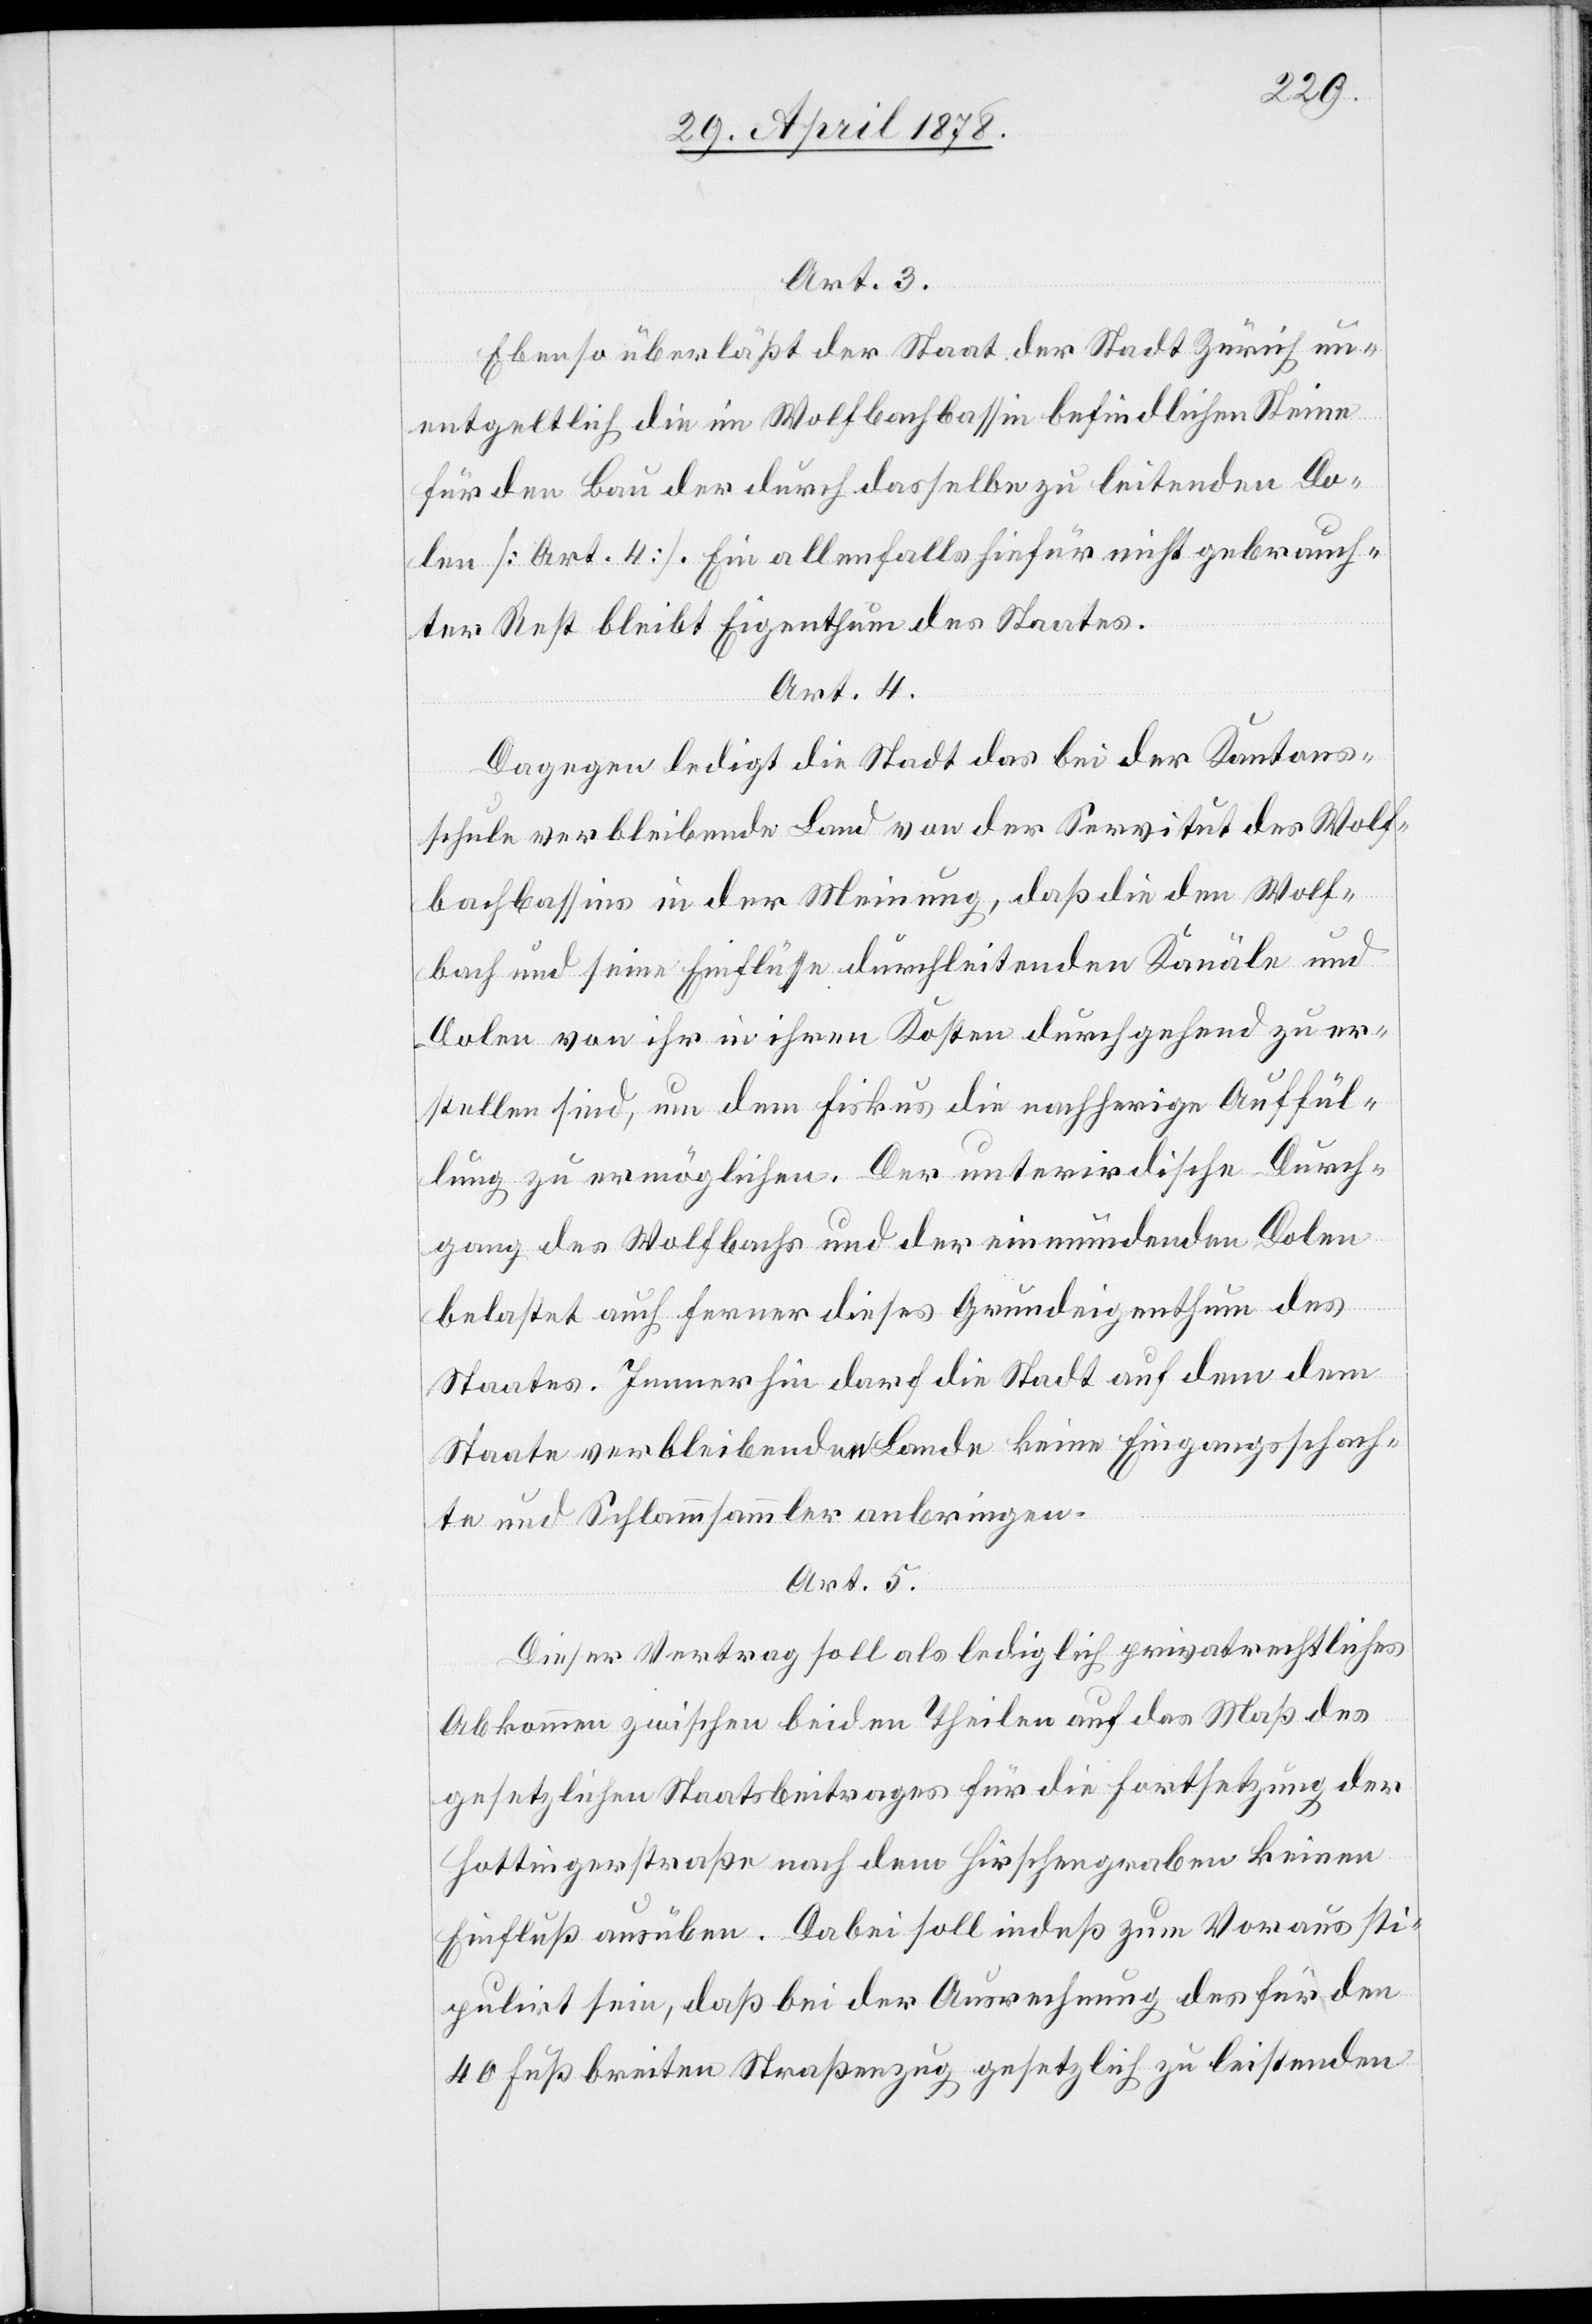
Art. 3.
Ebenso überläßt der Staat der Stadt Zürich un¬
entgeltlich die im Wolfbachbassin befindlichen Steine
für den Bau der durch dasselbe zu leitenden Do¬
len [Art. 4]. Ein allenfalls hiefür nicht gebrauch¬
ter Rest bleibt Eigenthum des Staates.
Art. 4.
Dagegen ledigt die Stadt das bei der Kantons¬
schule verbleibende Land von der Servitut des Wolf¬
bachbassins in der Meinung, daß die in den Wolf¬
bach und seine Einflüsse durchleitenden Kanäle und
Dolen von ihr in ihren Kosten durchgehend zu er¬
stellen sind, um dem Fiskus die nachherige Auffül¬
lung zu ermöglichen. Der unterirdische Durch¬
gang des Wolfbachs und der einmündenden Dolen
belastet auch ferner dieses Grundeigenthum des
Staates. Immerhin darf die Stadt auf dem dem
Staate verbleibenden Lande keine Eingangsschach¬
te und Schlammsammler anbringen.
Art. 5.
Dieser Vertrag soll als lediglich privatrechtliches
Abkommen zwischen beiden Theilen auf das Maß des
gesetzlichen Staatsbeitrages für die Fortsetzung der
Hottingerstraße nach dem Hirschengraben keinen
Einfluß gewähren. Dabei soll indeß zum Voraus sti¬
pulirt sein, daß bei der Ausrechnung des für den
40 Fuß breiten Straßenzug gesetzlich zu leistenden